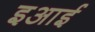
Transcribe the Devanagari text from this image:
इआई